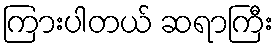
ကြားပါတယ် ဆရာကြီး